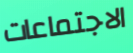
الاجتماعات